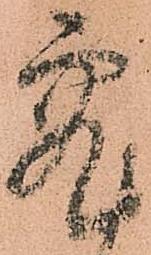
究